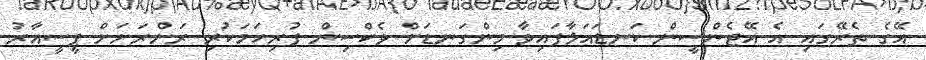
އޭގެ ތެރޭގައި އެ އޭޖެންސީން ކަނޑައަޅާފައިވާ މިންގަނޑަށް ވެކްސިން ފުރިހަމަކުރި ރަށްރަށަށް ޕީސީއާރު